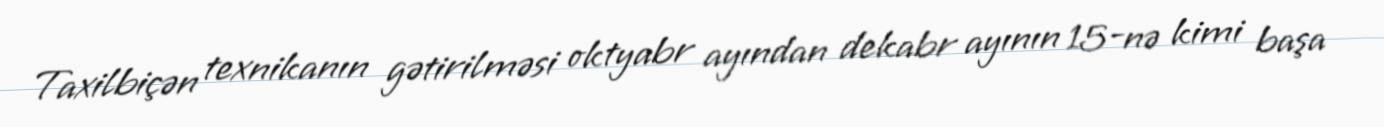
Taxilbiçən texnikanın gətirilməsi oktyabr ayından dekabr ayının 15-nə kimi başa